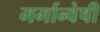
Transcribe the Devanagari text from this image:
मर्मान्‍वेषी